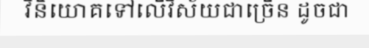
វិនិយោគទៅលើវិស័យជាច្រើន ដូចជា